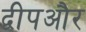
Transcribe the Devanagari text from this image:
द्वीपऔर